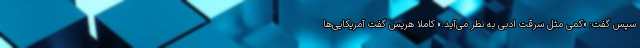
سپس گفت: «کمی مثل سرقت ادبی به نظر می‌آید.» کاملا هریس گفت آمریکایی‌ها